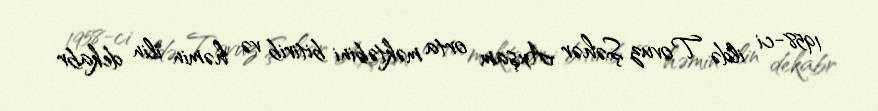
1958-ci ildə Tovuz Şəhər Axşam orta məktəbini bitirib və həmin ilin dekabr